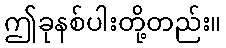
ဤခုနစ်ပါးတို့တည်း။